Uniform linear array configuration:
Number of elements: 4
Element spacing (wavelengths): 1
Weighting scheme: cosine
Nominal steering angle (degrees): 15
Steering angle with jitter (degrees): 13.81
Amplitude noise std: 0.05
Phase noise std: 0.05

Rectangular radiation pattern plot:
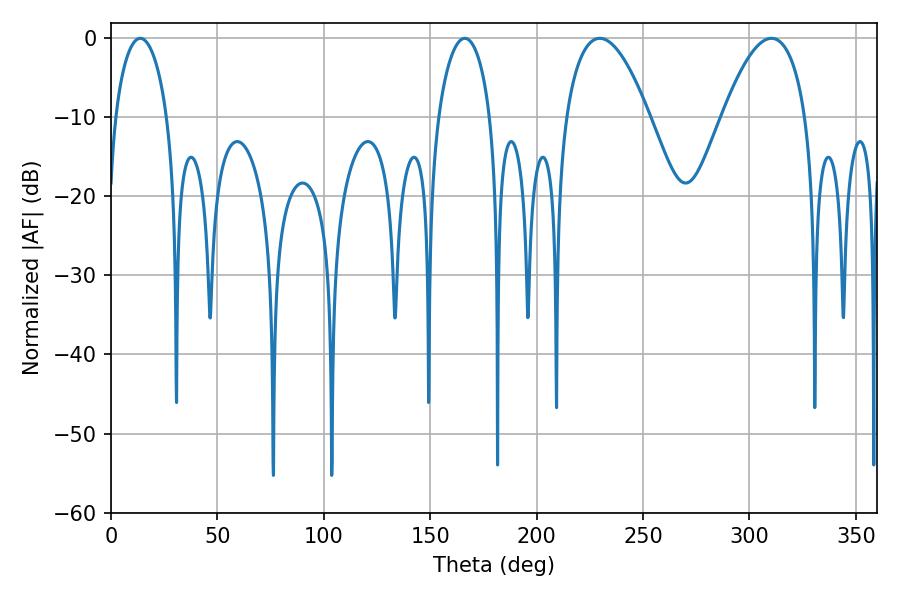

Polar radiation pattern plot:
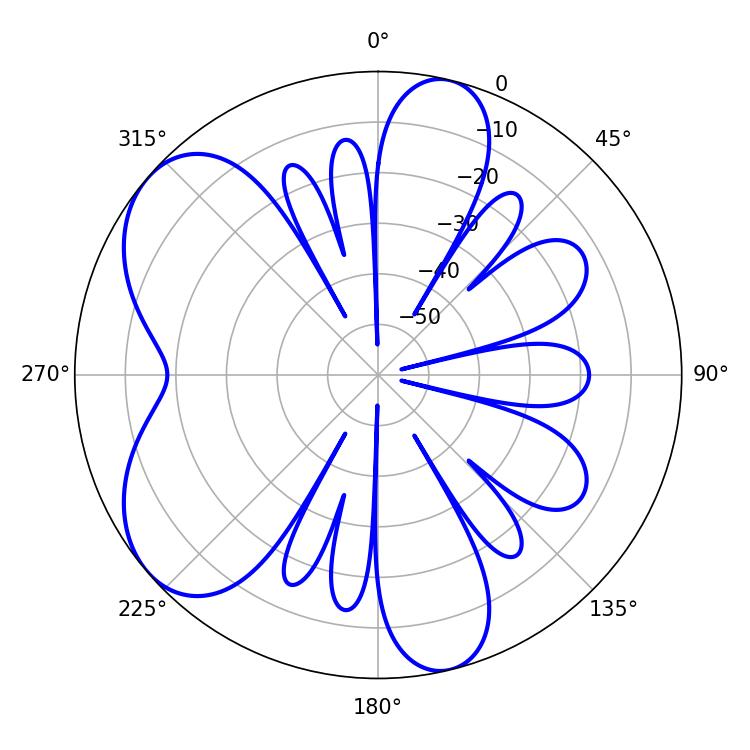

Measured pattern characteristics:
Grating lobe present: TRUE
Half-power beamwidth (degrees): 21.6
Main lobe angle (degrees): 229.68